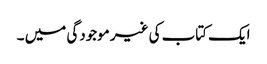
ایک کتاب کی غیر موجودگی میں ۔